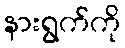
နားရွက်ကို